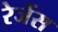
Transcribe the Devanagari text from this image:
रेजेंस